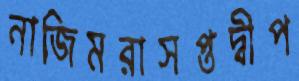
নাজিমরাসপ্তদ্বীপ